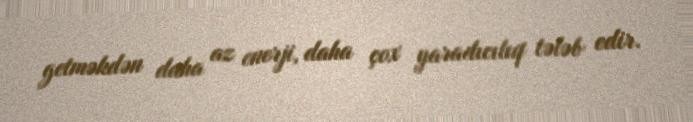
getməkdən daha az enerji, daha çox yaradıcılıq tələb edir.